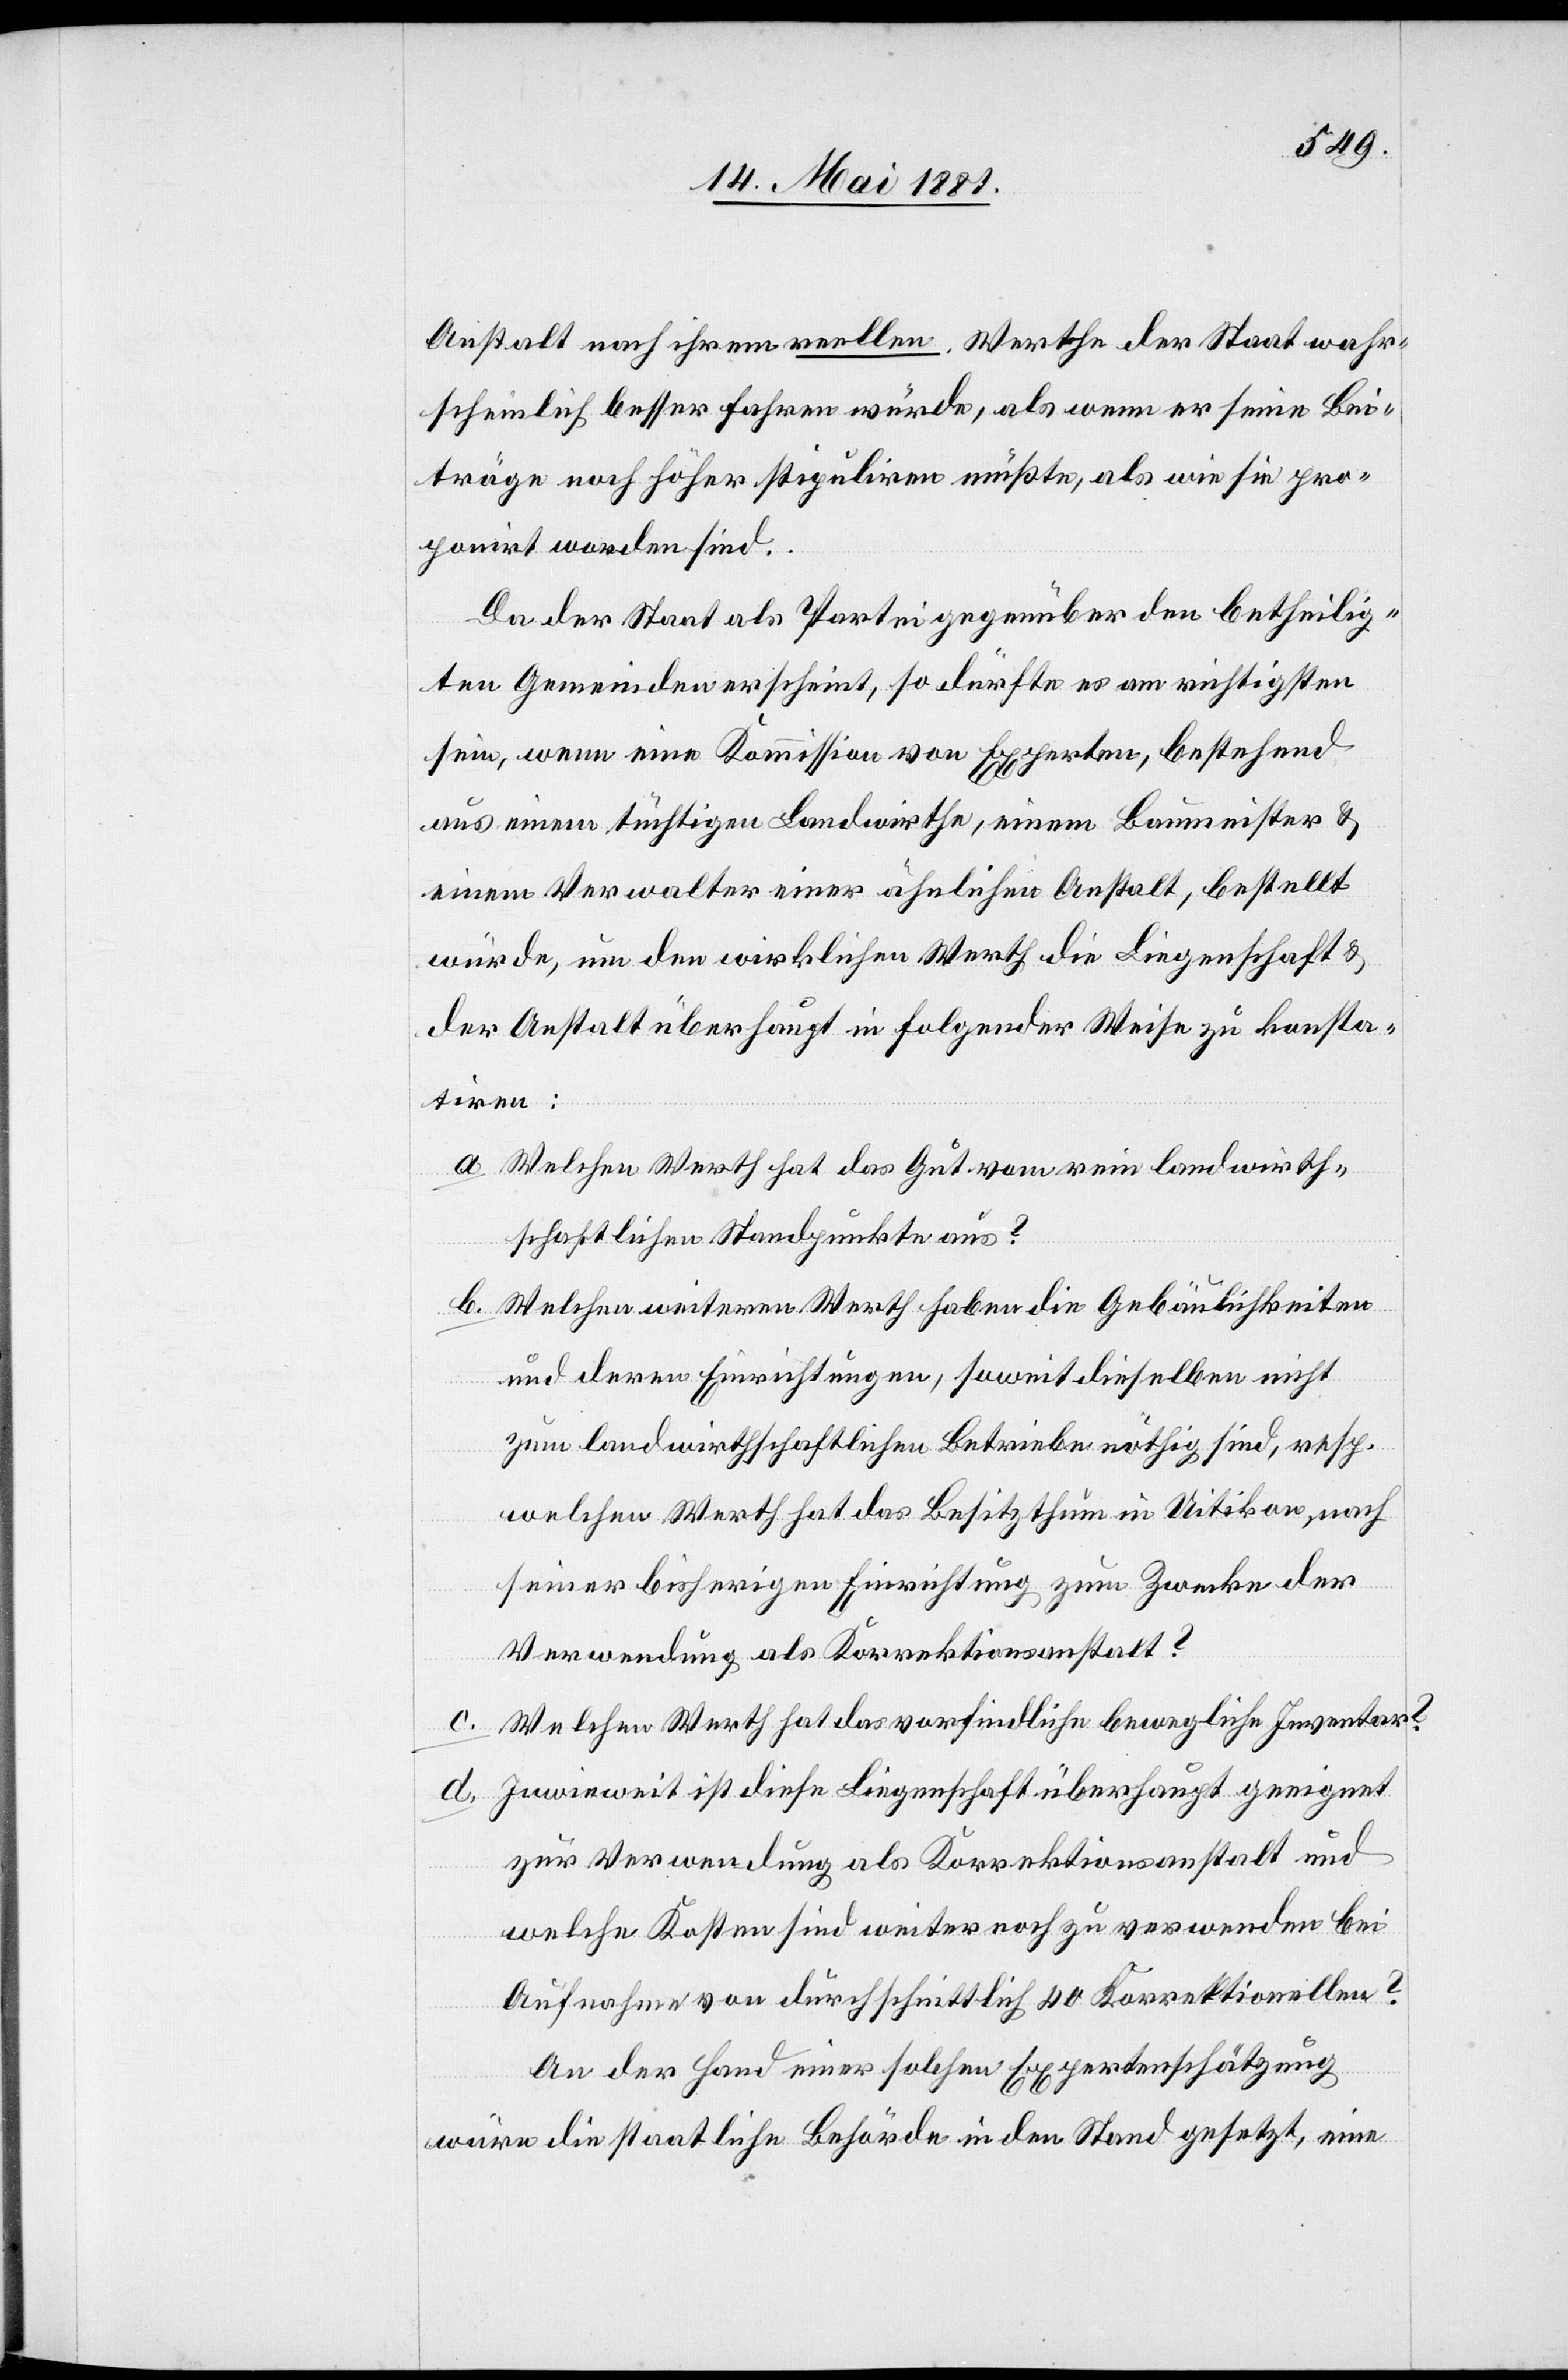
Anstalt nach ihrem reellen Werthe der Staat wahr¬
scheinlich besser fahren würde, als wenn er seine Bei¬
träge noch höher stipuliren müßte, als wie sie pro¬
ponirt worden sind.
Da der Staat als Partei gegenüber den betheilig¬
ten Gemeinden erscheint, so dürfte es am richtigsten
sein, wenn eine Kommission von Experten, bestehend
aus einem tüchtigen Landwirthe, einem Baumeister &
einem Verwalter einer ähnlichen Anstalt, bestellt
würde, um den wirklichen Werth die [sic!] Liegenschaft &
der Anstalt überhaupt in folgender Weise zu konsta¬
tiren:
a. Welchen Werth hat das Gut vom rein landwirth¬
schaftlichen Standpunkte aus?
b. Welchen weiteren Werth haben die Gebäulichkeiten
und deren Einrichtungen, soweit dieselben nicht
zum landwirthschaftlichen Betriebe nöthig sind, resp.
welchen Werth hat das Besitzthum in Uitikon, nach
seiner bisherigen Einsichtung zum Zwecke der
Verwendung als Korrektionsanstalt?
c. Welchen Werth hat das vorfindliche bewegliche Inventar?
d. Inwieweit ist diese Liegenschaft überhaupt geeignet
zur Verwendung als Korrektionsanstalt und
welche Kosten sind weiter noch zu verwenden bei
Aufnahme von durchschnittlich 40 Korrektionellen?
An der Hand einer solchen Expertenschätzung
würde die staatliche Behörde in den Stand gesetzt, eine